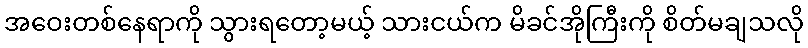
အဝေးတစ်နေရာကို သွားရတော့မယ့် သားငယ်က မိခင်အိုကြီးကို စိတ်မချသလို